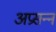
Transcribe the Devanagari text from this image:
अप्रसन्‍न